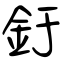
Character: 釪